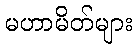
မဟာမိတ်များ